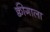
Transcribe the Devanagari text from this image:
क्वीगाला